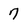
Character: 7